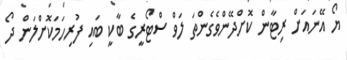
ޔޯ އޭނައަށް ރިޓާން ކޮށްދޭންވެގެންތަ ލަވް ސްޓޯރީގެ ބާކީ ބައި ފުރިހަމަކޮށްލަން ދޯ